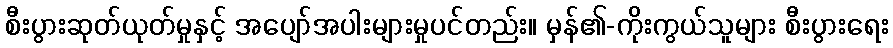
စီးပွားဆုတ်ယုတ်မှုနှင့် အပျော်အပါးများမှုပင်တည်း။ မှန်၏-ကိုးကွယ်သူများ စီးပွားရေး